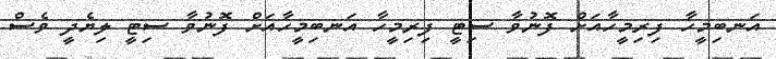
އަނބިމީހާ ފިރިމީހާއަށް ފޮނުވާ ސިޓީ ފިރިމީހާ އަނބިމީހާއަށް ފޮނުވާ ސިޓީ ލިޔެދީ ވެސް